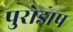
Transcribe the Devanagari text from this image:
पुरोडाष